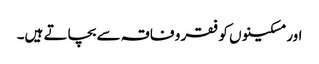
اور مسکینوں کو فقر و فاقہ سے بچاتے ہیں۔